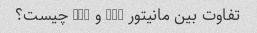
تفاوت بین مانیتور LCD و LED چیست؟